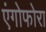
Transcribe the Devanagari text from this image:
एंगोफोरा